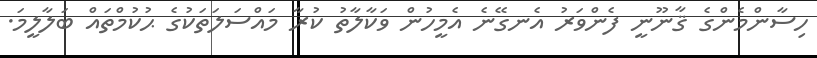
ހިސާންމެންގެ ޤާނޫނީ ފެންވަރު އެނގޭނެ އެމީހުން ވަކާލާތު ކުރާ މައްސަލަތަކުގެ ޙުކުމްތައް ބަލާލީމަ.